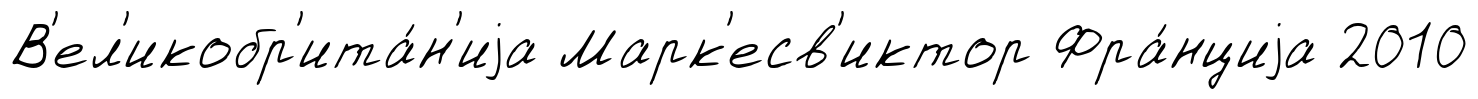
В'ел'икобр'ита́н'иjа Марк'есв'иктор Фра́нциjа 2010